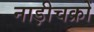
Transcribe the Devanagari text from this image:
नाड़ीचक्रों